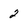
Character: 2